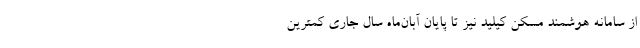
از سامانه هوشمند مسکن کیلید نیز تا پایان آبان‌ماه سال جاری کمترین